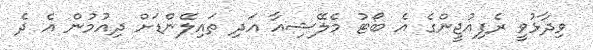
ވިދާޅުވީ ރެފިއުޖީންގެ އެ ބޯޓު މެލޭޝިއާ އަދި ތައިލޭންޑަށް ދިއުމުން އެ ދެ